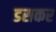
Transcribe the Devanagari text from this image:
डसकर